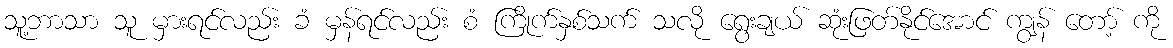
သူ့ဘာသာ သူ မှားရင်လည်း ခံ မှန်ရင်လည်း စံ ကြိုက်နှစ်သက် သလို ရွေးချယ် ဆုံးဖြတ်နိုင်အောင် ကျွန် တော့် ကို